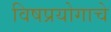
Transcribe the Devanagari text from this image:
विषप्रयोगाचे